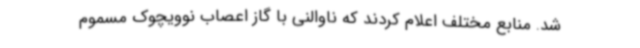
شد. منابع مختلف اعلام کردند که ناوالنی با گاز اعصاب نوویچوک مسموم